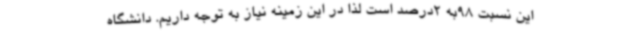
این نسبت 98به 2درصد است لذا در این زمینه نیاز به توجه داریم. دانشگاه